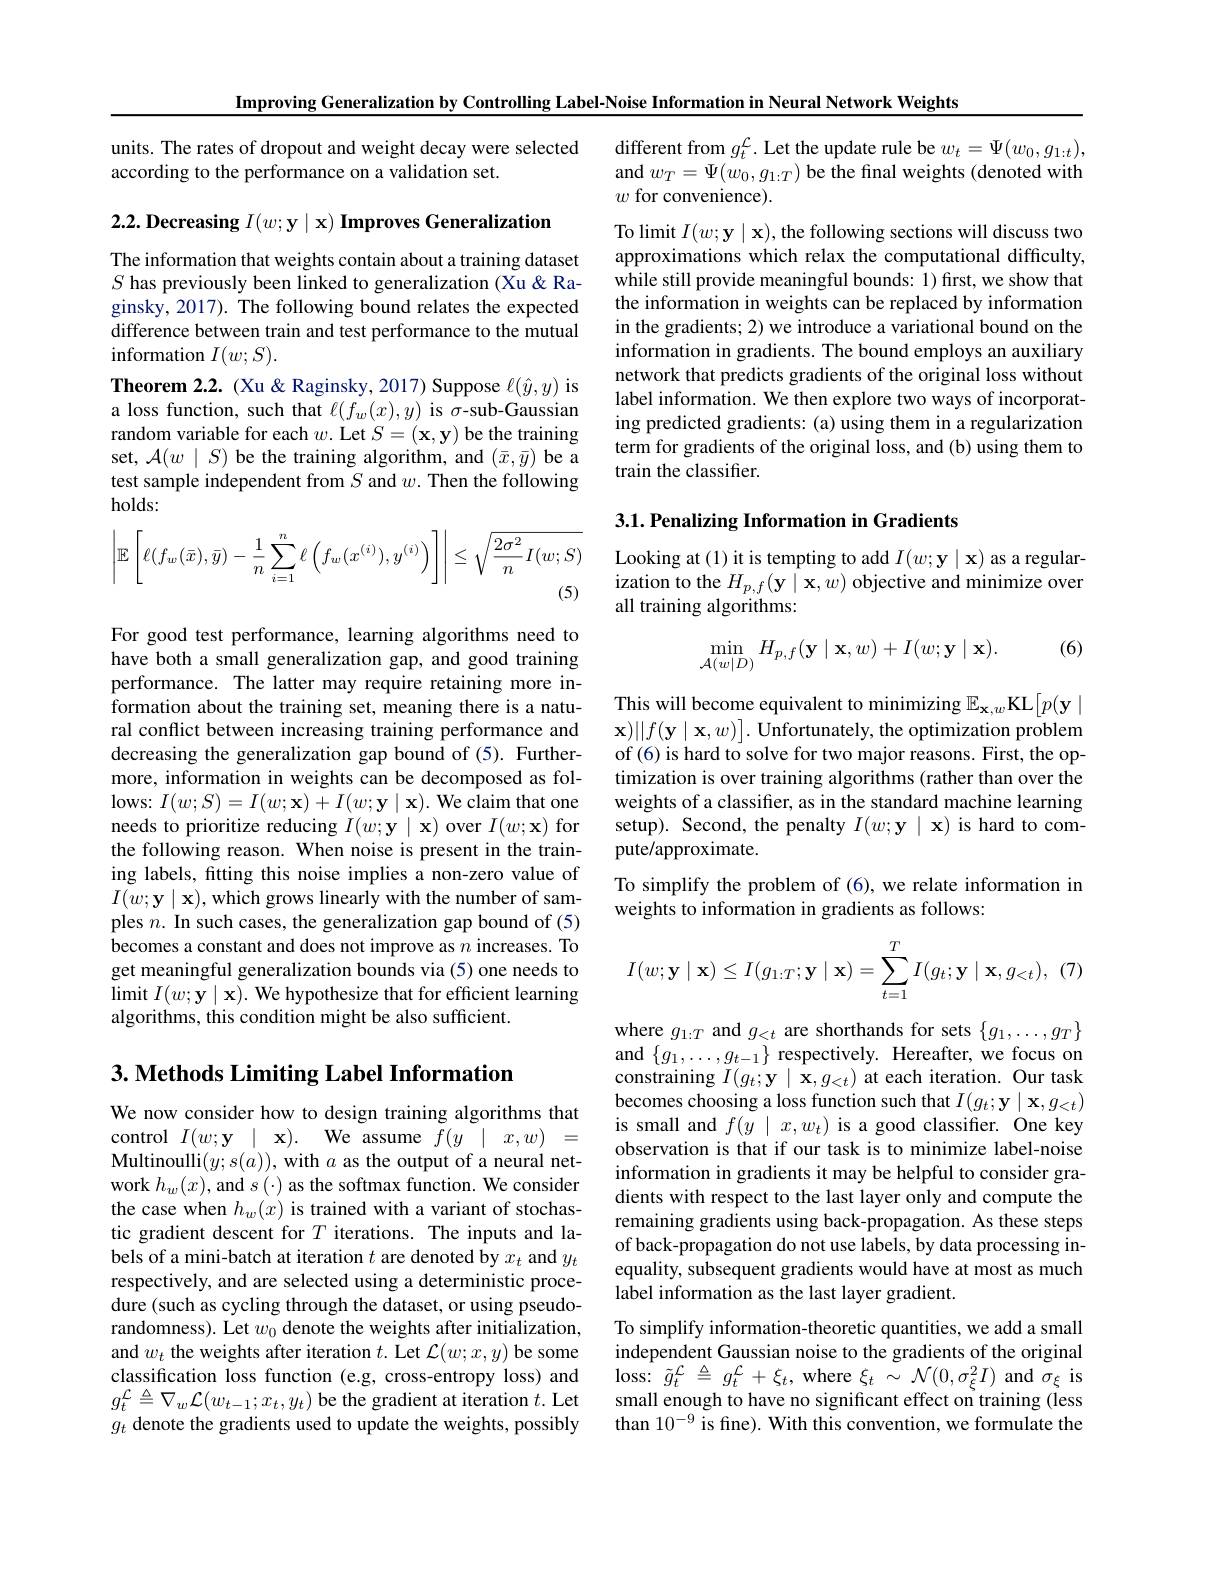
Improving Generalization by Controlling Label-Noise Information in Neural Network Weights

units. The rates of dropout and weight decay were selected
according to the performance on a validation set.

$2. 2. \textbf{ Decreasing }I( w; \mathbf{y} \mid \mathbf{x} ) \textbf{ Improves Generalization}$

The information that weights contain about a training dataset $S$ has previously been linked to generalization (Xu &Raginsky, 2017). The following bound relates the expected difference between train and test performance to the mutual information $I(w;S).$
Theorem 2.2. (Xu&Raginsky, 2017) Suppose $\ell(\hat{y},y)$ is a loss function, such that $\ell(f_w(x),y)$ is $\sigma$-sub-Gaussian random variable for each $w.$ Let $S=(\mathbf{x},\mathbf{y})$ be the training set, $\mathcal{A}(w\mid S)$ be the training algorithm, and $(\bar{x},\bar{y})$ be a test sample independent from $S$ and $w.$ Then the following holds:
$$\left|\mathbb{E}\left[\ell(f_w(\bar{x}),\bar{y})-\frac{1}{n}\sum_{i=1}^n\ell\left(f_w(x^{(i)}),y^{(i)}\right)\right]\right|\leq\sqrt{\frac{2\sigma^2}{n}I(w;S)}$$
For good test performance, learning algorithms need to have both a small generalization gap, and good training performance. The latter may require retaining more information about the training set, meaning there is a natural conflict between increasing training performance and decreasing the generalization gap bound of (5). Furthermore, information in weights can be decomposed as follows: $I( w; S) = I( w; \mathbf{x} ) + I( w; \mathbf{y} \mid \mathbf{x} ) .$We claim that one needs to prioritize reducing $I(w;\mathbf{y}\mid\mathbf{x})$ over $I(w;\mathbf{x})$ for the following reason. When noise is present in the training labels, fitting this noise implies a non-zero value of $I(w;\mathbf{y}\mid\mathbf{x})$,which grows linearly with the number of samples $n.$ In such cases, the generalization gap bound of (5) becomes a constant and does not improve as $n$ increases. To get meaningful generalization bounds via (5) one needs to $\operatorname*{limit}I(w;\mathbf{y}\mid\mathbf{x}).$ We hypothesize that for efficient learning algorithms, this condition might be also sufficient.

## $3. \textbf{ Methods Limiting Label Information}$

We now consider how to design training algorithms that control $I( w; \mathbf{y} \mid \mathbf{x} ) .$ We assume $f(y\mid x,w)=$ Multinoulli$(y;s(a))$, with $a$ as the output of a neural network $h_w(x)$, and $s(\cdot)$ as the softmax function. We consider the case when $h_w(x)$ is trained with a variant of stochastic gradient descent for $T$ iterations. The inputs and labels of a mini-batch at iteration $t$ are denoted by $x_t$ and $y_t$ respectively, and are selected using a deterministic procedure (such as cycling through the dataset, or using pseudorandomness). Let $w_0$ denote the weights after initialization, and $w_{t}$ the weights after iteration $t.$ Let $\mathcal{L}(w;x,y)$ be some classification loss function (e.g, cross-entropy loss) and $g_t^{\mathcal{L}}\triangleq\nabla_w\mathcal{L}(w_{t-1};x_t,y_t)$ be the gradient at iteration $t.$ Let $g_t$ denote the gradients used to update the weights, possibly

$\mathop{\mathrm{different~from~}}g_{t}^{\mathcal{L}}.$ Let the update rule be $w_t=\Psi(w_0,g_{1:t})$, and $w_{T}=\Psi(\bar{w}_{0},g_{1:T})$ be the final weights (denoted with $w$ for convenience).

To limit $I(w;\mathbf{y}\mid\mathbf{x})$,the following sections will discuss two approximations which relax the computational difficulty, while still provide meaningful bounds: 1) first, we show that the information in weights can be replaced by information in the gradients; 2) we introduce a variational bound on the information in gradients. The bound employs an auxiliary network that predicts gradients of the original loss without label information. We then explore two ways of incorporating predicted gradients: (a) using them in a regularization term for gradients of the original loss, and (b) using them to train the classifier.

## 3.1. Penalizing Information in Gradients

Looking at (1) it is tempting to add $I(w;\mathbf{y}\mid\mathbf{x})$ as a regularization to the $H_{p,f}(\mathbf{y}\mid\mathbf{x},w)$ objective and minimize over all training algorithms:

(6)
$$\min\limits_{\mathcal{A}(w\mid D)}H_{p,f}(\mathbf{y}\mid\mathbf{x},w)+I(w;\mathbf{y}\mid\mathbf{x}).$$
This will become equivalent to minimizing $\mathbb{E}_\mathbf{x},w$KL$\left[p(\mathbf{y}\mid\right]$ $\mathbf{x})||f(\mathbf{y}\mid\mathbf{x},w)].$ Unfortunately, the optimization problem of(6) is hard to solve for two major reasons. First, the optimization is over training algorithms (rather than over the weights of a classifier, as in the standard machine learning setup). Second, the penalty $I(w;\mathbf{y}\mid\mathbf{x})$ is hard to compute/approximate.
To simplify the problem of (6), we relate information in
weights to information in gradients as follows:
$$I(w;\mathbf{y}\mid\mathbf{x})\leq I(g_{1:T};\mathbf{y}\mid\mathbf{x})=\sum_{t=1}^TI(g_t;\mathbf{y}\mid\mathbf{x},g_{<t}),\:(7)$$
where $g_1:T$ and $g_{<t}$ are shorthands for sets $\{g_1,\ldots,g_T\}$ and $\{g_1,\ldots,g_{t-1}\}$ respectively. Hereafter, we focus on constraining $I(g_{t};\mathbf{y}\mid\mathbf{x},g_{<t})$ at each iteration. Our task becomes choosing a loss function such that $I(g_t;\mathbf{y}\mid\mathbf{x},g_{<t})$ is small and $f(y\mid x,w_t)$ is a good classifier. One key observation is that if our task is to minimize label-noise information in gradients it may be helpful to consider gradients with respect to the last layer only and compute the remaining gradients using back-propagation. As these steps of back-propagation do not use labels, by data processing inequality, subsequent gradients would have at most as much label information as the last layer gradient.
To simplify information-theoretic quantities, we add a small independent Gaussian noise to the gradients of the original $\operatorname { loss: } \tilde{g} _{t}^{\mathcal{L} }$ $\triangleq$ $g_{t}^{\mathcal{L} }$ + $\xi _{t}$,where $\xi _{t}$ $\sim \mathcal{N} ( 0, \sigma _{\xi }^{2}I)$ and $\sigma_{\xi}$ is small enough to have no significant effect on training (less than $10^{-9}$ is fine). With this convention, we formulate the